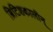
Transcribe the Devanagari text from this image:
ब्रिटिशकालीन्